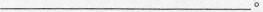
___。